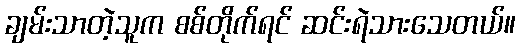
ချမ်းသာတဲ့သူက စစ်တိုက်ရင် ဆင်းရဲသားသေတယ်။